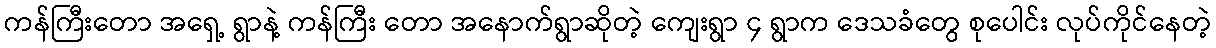
ကန်ကြီးတော အရှေ့ ရွာနဲ့ ကန်ကြီး တော အနောက်ရွာဆိုတဲ့ ကျေးရွာ ၄ ရွာက ဒေသခံတွေ စုပေါင်း လုပ်ကိုင်နေတဲ့